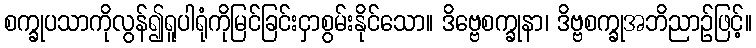
စက္ခုပသာကိုလွန်၍ရူပါရုံကိုမြင်ခြင်းငှာစွမ်းနိုင်သော။ ဒိဗ္ဗေစက္ခုနာ၊ ဒိဗ္ဗစက္ခုအဘိညာဉ်ဖြင့်။